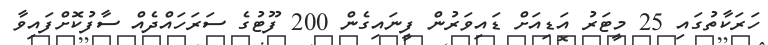
ހަރަކާތުގައި 25 މީޓަރު އަޑިއަށް ޑައިވަރުން ފީނައިގެން 200 ފޫޓުގެ ސަރަހައްދެއް ސާފުކޮށްފައިވާ